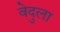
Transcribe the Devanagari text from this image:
वेदुला